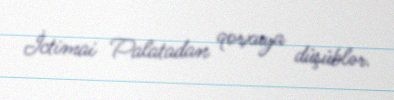
İctimai Palatadan qorxuya düşüblər.